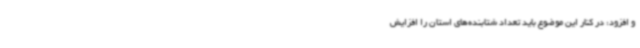
و افزود: در کنار این موضوع باید تعداد شتابنده‌های استان را افزایش